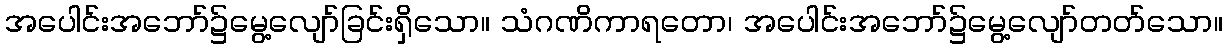
အပေါင်းအဘော်၌မွေ့လျော်ခြင်းရှိသော။ သံဂဏိကာရတော၊ အပေါင်းအဘော်၌မွေ့လျော်တတ်သော။